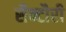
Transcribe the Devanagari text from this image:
सैन्टौरी